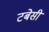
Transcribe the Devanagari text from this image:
टबेसी